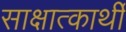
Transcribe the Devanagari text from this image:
साक्षात्कार्थी